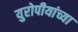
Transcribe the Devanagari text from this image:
युरोपीयांच्या